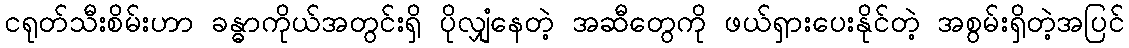
ငရုတ်သီးစိမ်းဟာ ခန္ဓာကိုယ်အတွင်းရှိ ပိုလျှံနေတဲ့ အဆီတွေကို ဖယ်ရှားပေးနိုင်တဲ့ အစွမ်းရှိတဲ့အပြင်